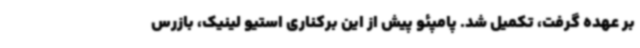
بر عهده گرفت، تکمیل شد. پامپئو پیش از این برکناری استیو لینیک، بازرس